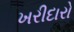
ખરીદારો